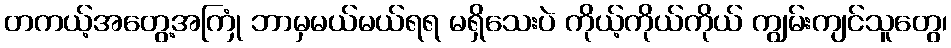
တကယ့်အတွေ့အကြုံ ဘာမှမယ်မယ်ရရ မရှိသေးပဲ ကိုယ့်ကိုယ်ကိုယ် ကျွမ်းကျင်သူတွေ၊